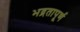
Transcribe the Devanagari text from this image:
भद्रतापूर्ण